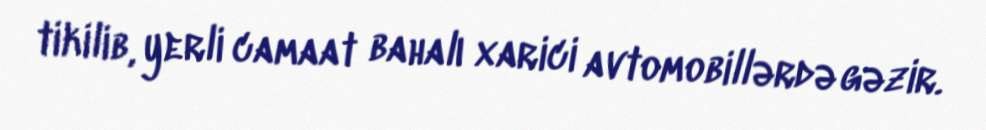
tikilib, yerli camaat bahalı xarici avtomobillərdə gəzir.